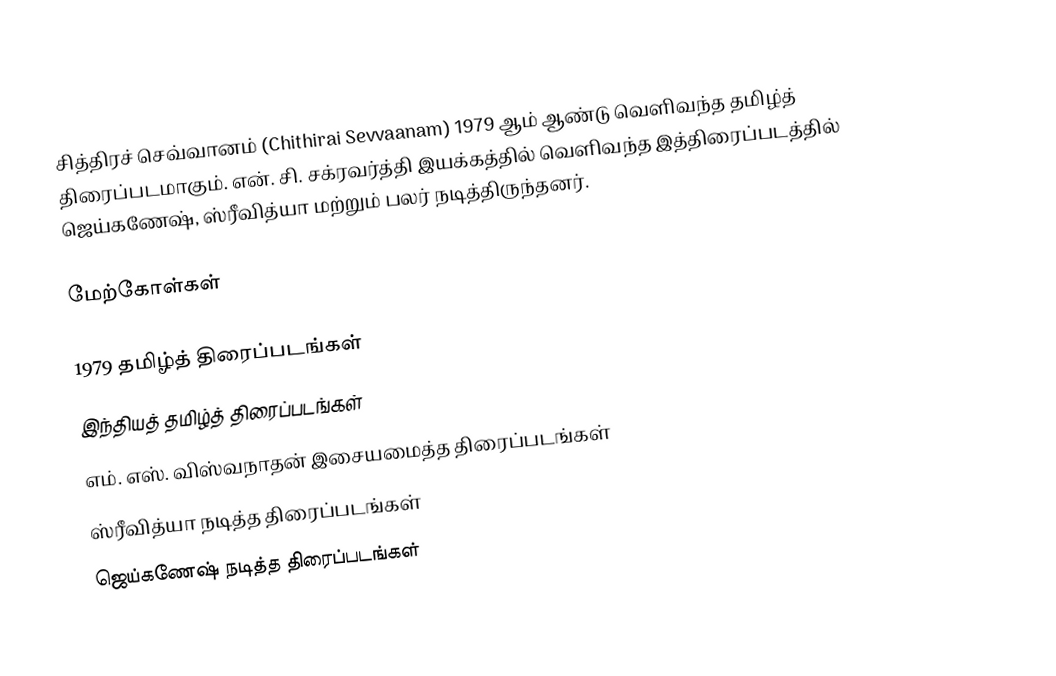
சித்திரச் செவ்வானம் (Chithirai Sevvaanam) 1979 ஆம் ஆண்டு வெளிவந்த தமிழ்த் திரைப்படமாகும். என். சி. சக்ரவர்த்தி இயக்கத்தில் வெளிவந்த இத்திரைப்படத்தில் ஜெய்கணேஷ், ஸ்ரீவித்யா மற்றும் பலர் நடித்திருந்தனர்.

மேற்கோள்கள்

1979 தமிழ்த் திரைப்படங்கள்
இந்தியத் தமிழ்த் திரைப்படங்கள்
எம். எஸ். விஸ்வநாதன் இசையமைத்த திரைப்படங்கள்
ஸ்ரீவித்யா நடித்த திரைப்படங்கள்
ஜெய்கணேஷ் நடித்த திரைப்படங்கள்